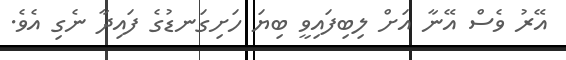
އޭރު ވެސް އޭނާ އަށް ލިބިފައިވީ ބިޔަ ހަށިގަނޑުގެ ފައިދާ ނެގި އެވެ.